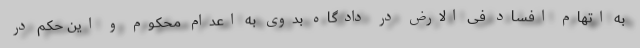
به اتهام افساد فی الارض در دادگاه بدوی به اعدام محکوم و این حکم در